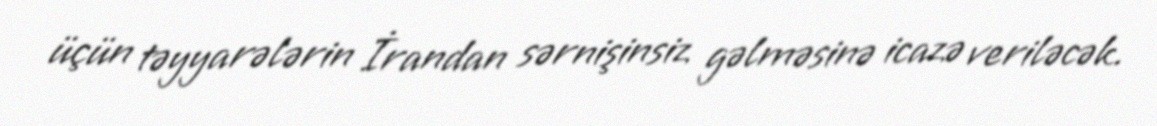
üçün təyyarələrin İrandan sərnişinsiz gəlməsinə icazə veriləcək.